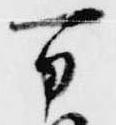
万